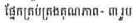
ផ្នែកគ្រប់គ្រងគុណភាព- ៣ រូប